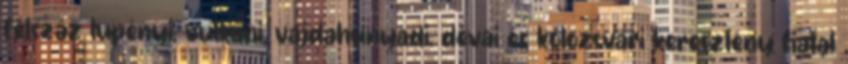
félszáz lupényi, vulkáni, vajdahunyadi, dévai és kolozsvári keresztény fiatal